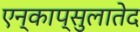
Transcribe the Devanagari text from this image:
एन्काप्सुलातेद